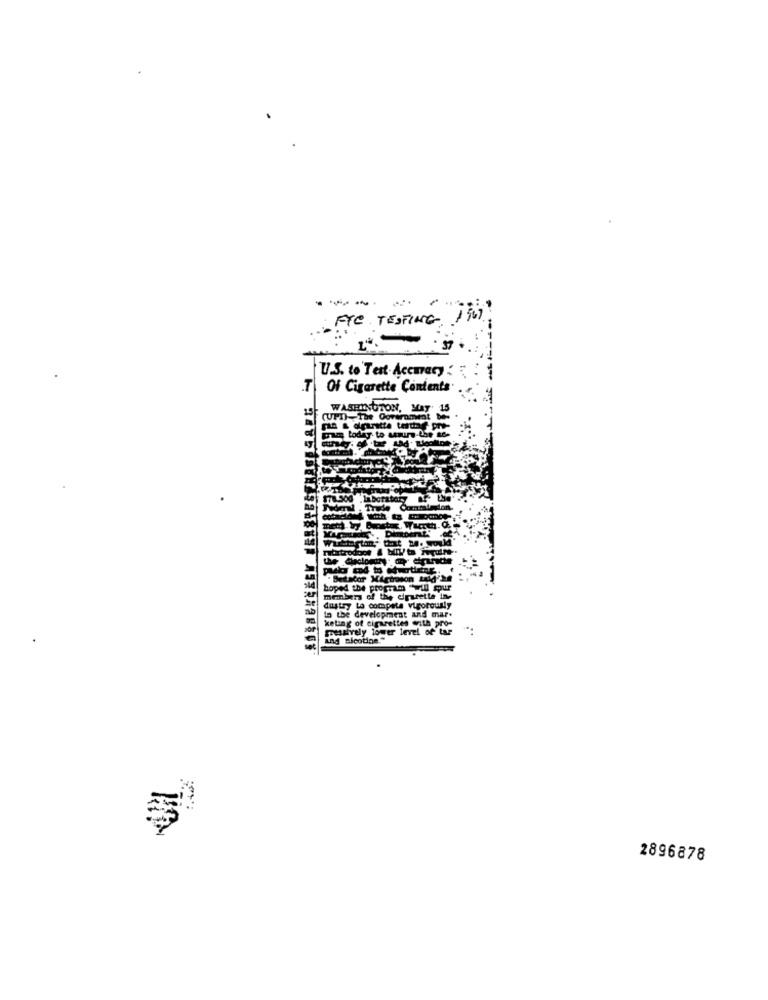
FTC TESTING.
. ST
U.S. to Test-Accuracy
T Of Cigarette Contents
WASHINGTON, May 15
F (UFD)-The Covermet
Lod
178.500 laboratory
- Betacar Michoson taid''Se
boped the program "will mur
members of the dipurette in
to the development and mar.
dustry to compete vigorously
keting of cigarettes with pro-
fresatively lower level of tar
and Blootine."
2896878